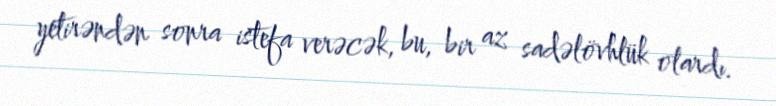
yetirəndən sonra istefa verəcək, bu, bir az sadəlövhlük olardı.